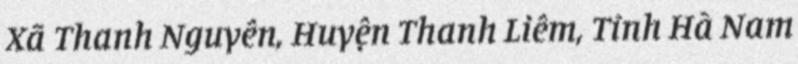
Xã Thanh Nguyên, Huyện Thanh Liêm, Tỉnh Hà Nam